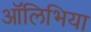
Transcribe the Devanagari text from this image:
ऑलिभिया